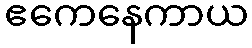
ဧကေနေကာယ